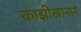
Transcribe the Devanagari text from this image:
काझीखानाने